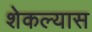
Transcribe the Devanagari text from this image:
शेकल्यास